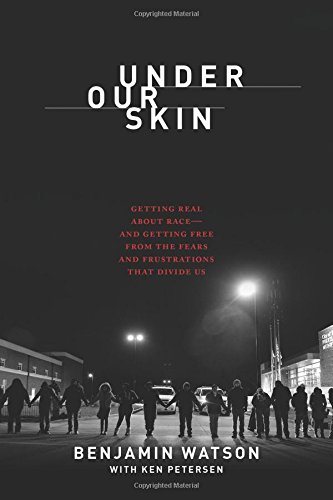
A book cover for Under Our Skin: Getting Real about Race--and Getting Free from the Fears and Frustrations that Divide Us; Benjamin Watson; Biographies & Memoirs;